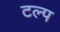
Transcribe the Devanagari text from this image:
टल्प